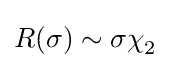
R(\sigma )\sim \sigma \chi _{2}^{\,}\